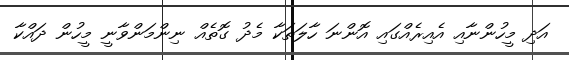
އަދި މީހުންނާއި އެއިރެއްގައި އޮންނަ ހާލަތަކާ މެދު ގޮތެއް ނިންމަންވާނީ މީހުން ދައްކާ